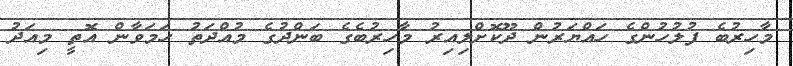
މާހިރުބެ ފުލުހުންގެ ހައްޔަރުން ދޫކޮށްލިއިރު މާހިރުބެގެ ބަންދުގެ މުއްދަތު ހަމަވާން އޮތީ މިއަދު